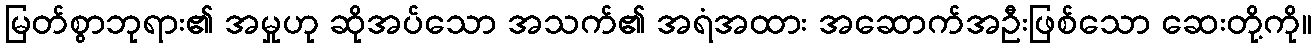
မြတ်စွာဘုရား၏ အမှုဟု ဆိုအပ်သော အသက်၏ အရံအထား အဆောက်အဦးဖြစ်သော ဆေးတို့ကို။